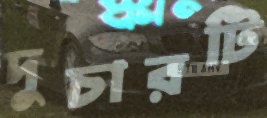
দুচারটি